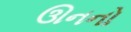
ઊનનો